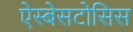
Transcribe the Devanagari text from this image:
ऐस्बेसटोसिस